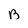
Character: B